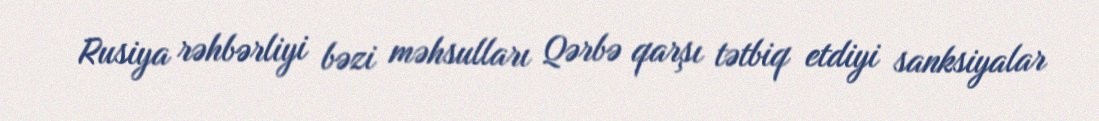
Rusiya rəhbərliyi bəzi məhsulları Qərbə qarşı tətbiq etdiyi sanksiyalar